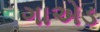
ગાએડ